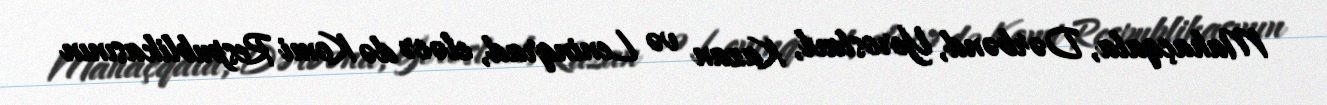
Mahaçqala, Dərbənd, Yeroslavl, Kazan və Leninqrad, eləcə də Komi Respublikasının